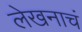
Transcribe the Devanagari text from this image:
लेखनाचं